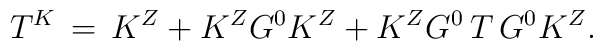
T^K\,=\,K^Z+K^ZG^0K^Z+K^ZG^0\,T\,G^0K^Z.